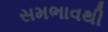
સમભાવથી